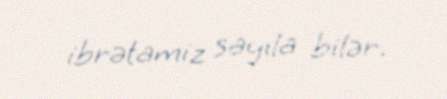
ibrətamiz sayıla bilər.